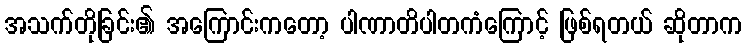
အသက်တိုခြင်း၏ အကြောင်းကတော့ ပါဏာတိပါတကံကြောင့် ဖြစ်ရတယ် ဆိုတာက